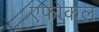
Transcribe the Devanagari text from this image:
एफोकल